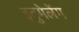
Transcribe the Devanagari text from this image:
इतुमेलेंग